Vaccination North-Western Provinces 1866-1877 - 1866-1877
Year: 1866
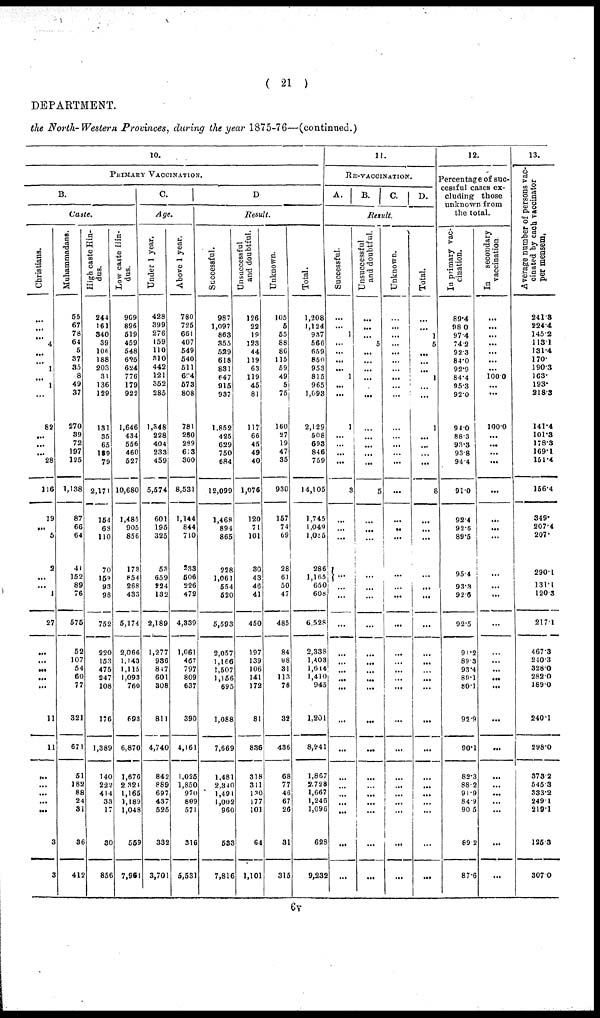
( 21 )
DEPARTMENT.
the North-Western Provinces, during the year 1875-76—(continued.)
10.
PRIMARY VACCINATION.
B.
Caste.
Christians.
...
...
...
4
...
...
1
...
1
...
82
...
...
...
28
116
19
...
5
2
...
...
1
27
...
...
...
...
...
11
11
...
...
...
...
...
3
3
Muhammadans.
55
67
78
64
5
37
35
8
49
37
270
39
72
197
125
1,138
87
66
64
41
152
89
76
575
52
107
54
60
77
321
671
51
182
88
24
31
36
412
High caste Hin-
dus.
244
161
340
39
106
188
203
31
136
129
131
35
65
189
79
2,171
154
68
110
70
159
93
98
752
220
153
475
247
108
176
1,389
140
222
414
33
17
30
856
Low caste Hin-
dus.
909
896
519
459
548
625
624
776
179
922
1,646
434
556
460
527
10,680
1,485
905
856
173
854
268
433
5,174
2,066
1,143
1,115
1,093
760
693
6,870
1,676
2,321
1,165
1,189
1,048
559
7,961
C.
Age.
Under 1 year.
428
399
276
159
110
310
442
121
352
285
1,348
228
404
233
459
5,574
601
195
325
53
659
224
132
2,189
1,277
936
847
601
308
811
4,740
842
889
697
437
525
332
3,701
Above 1 year.
780
725
661
407
549
540
511
694
573
808
781
280
289
613
300
8,531
1,144
844
710
233
506
226
472
4,339
1,061
467
797
809
637
390
4,161
1,025
1,850
970
809
571
316
5,531
D
Result.
Successful.
987
1,097
863
355
529
618
831
647
915
937
1,852
425
629
750
684
12,099
1,468
894
865
228
1,061
554
520
5,593
2,057
1,166
1,507
1,156
695
1,088
7,669
1,481
2,340
1,491
1,002
960
533
7,816
Unsuccessful
and doubtful.
126
22
19
123
44
119
63
119
45
81
117
66
45
49
40
1,076
120
71
101
30
43
46
41
450
197
139
106
141
172
81
836
318
311
130
177
101
64
1,101
Unknown.
105
5
55
88
86
115
59
49
5
75
160
27
19
47
35
930
157
74
69
28
61
50
47
485
84
98
31
113
78
32
436
68
77
46
67
26
31
315
Total.
1,208
1,124
937
566
659
850
953
815
965
1,093
2,129
508
693
846
759
14,105
1,745
1,049
1,085
286
1,165
650
608
6,528
2,338
1,403
l,644
1,410
945
1,201
8,941
1,867
2,728
1,667
1,246
1,096
628
9,232
11.
RE-VACCINATION.
A.
B. C. D.
Result.
Successful.
...
...
1
...
...
...
...
1
...
...
1
...
...
...
...
3
...
...
...
...
...
...
...
...
...
...
...
...
...
...
...
...
...
...
...
...
...
Unsuccessful
and doubtful.
...
...
...
5
...
...
...
...
...
...
...
...
...
...
...
5
...
...
...
...
...
...
...
...
...
...
...
...
...
...
...
...
...
...
...
...
...
Unknown.
...
...
...
...
...
...
...
...
...
...
...
...
...
...
...
...
...
...
...
...
...
...
...
...
...
...
...
...
...
...
...
...
...
...
...
...
...
Total.
...
...
1
5
...
...
...
1
...
...
1
...
...
...
...
8
...
...
...
...
...
...
...
...
...
...
...
...
...
...
...
...
...
...
...
...
12.
Percentage of suc-
cessful cases ex-
cluding those
unknown from
the total.
In primary vac-
cination.
89.4
98.0
97.4
74.2
92.3
84.0
92.9
84.4
95.3
92.0
94.0
88.3
93.3
93.8
94.4
91.0
92.4
92.6
89.6
95.4
93.3
92.6
92.5
91.2
89.3
93.4
89.1
80.1
92.9
90.1
82.3
88.2
91.9
84.9
90.5
89.2
87.6
In secondary
vaccination.
...
...
...
...
...
...
...
100.0
...
...
100.0
...
...
...
...
...
...
...
...
...
...
...
...
...
...
...
...
...
...
...
...
...
...
...
...
...
...
13.
Average number of persons vac-
cinated by each vaccinator
per mensem.
241.3
224.4
145.2
113.1
131.4
170.
190.3
163.
193.
218.3
141.4
101.3
178.3
169.1
151.4
156.4
349.
207.4
207.
290.1
131.1
120.3
217.1
467.3
240.3
328.0
282.0
189.0
240.1
298.0
373.2
545.3
333.2
249.1
219.1
125.3
307.0
6v